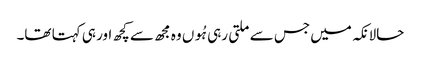
حالانکہ میں جس سے ملتی رہی ہُوں وہ مجھ سے کچھ اور ہی کہتا تھا۔